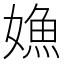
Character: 𡠵